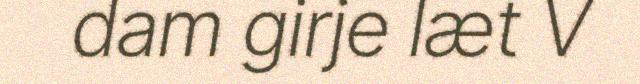
dam girje læt V